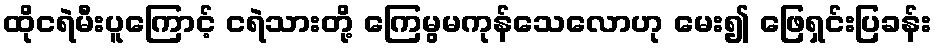
ထိုငရဲမီးပူကြောင့် ငရဲသားတို့ ကြေမွမကုန်သေလောဟု မေး၍ ဖြေရှင်းပြခန်း